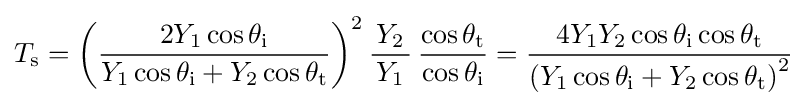
T_{\text{s}}=\left({\frac {2Y_{1}\cos \theta _{\text{i}}}{Y_{1}\cos \theta _{\text{i}}+Y_{2}\cos \theta _{\text{t}}}}\right)^{2}{\frac {\,Y_{2}\,}{Y_{1}}}\,{\frac {\cos \theta _{\text{t}}}{\cos \theta _{\text{i}}}}={\frac {4Y_{1}Y_{2}\cos \theta _{\text{i}}\cos \theta _{\text{t}}}{\left(Y_{1}\cos \theta _{\text{i}}+Y_{2}\cos \theta _{\text{t}}\right)^{2}}}